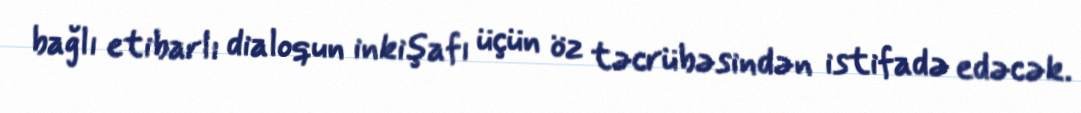
bağlı etibarlı dialoqun inkişafı üçün öz təcrübəsindən istifadə edəcək.